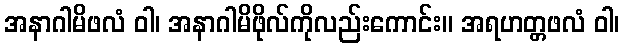
အနာဂါမိဖလံ ဝါ၊ အနာဂါမိဖိုလ်ကိုလည်းကောင်း။ အရဟတ္တဖလံ ဝါ၊